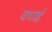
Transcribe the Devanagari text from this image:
वधाई